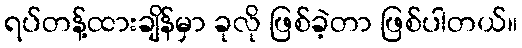
ရပ်တန့်ထားချိန်မှာ ခုလို ဖြစ်ခဲ့တာ ဖြစ်ပါတယ်။